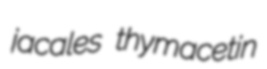
jacales thymacetin